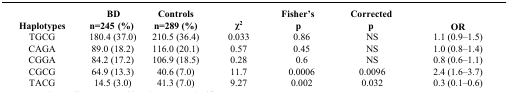
<table><thead><tr><td><b>Haplotypes</b></td><td><b>BD n=245 (%)</b></td><td><b>Controls n=289 (%)</b></td><td><b>χ<sup>2</sup></b></td><td><b>Fisher’s p</b></td><td><b>Corrected p</b></td><td><b>OR</b></td></tr></thead><tbody><tr><td>TGCG</td><td>180.4 (37.0)</td><td>210.5 (36.4)</td><td>0.033</td><td>0.86</td><td>NS</td><td>1.1 (0.9–1.5)</td></tr><tr><td>CAGA</td><td>89.0 (18.2)</td><td>116.0 (20.1)</td><td>0.57</td><td>0.45</td><td>NS</td><td>1.0 (0.8–1.4)</td></tr><tr><td>CGGA</td><td>84.2 (17.2)</td><td>106.9 (18.5)</td><td>0.28</td><td>0.6</td><td>NS</td><td>0.8 (0.6–1.1)</td></tr><tr><td>CGCG</td><td>64.9 (13.3)</td><td>40.6 (7.0)</td><td>11.7</td><td>0.0006</td><td>0.0096</td><td>2.4 (1.6–3.7)</td></tr><tr><td>TACG</td><td>14.5 (3.0)</td><td>41.3 (7.0)</td><td>9.27</td><td>0.002</td><td>0.032</td><td>0.3 (0.1–0.6)</td></tr></tbody></table>